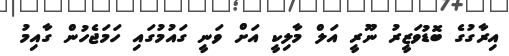
އިރާގުގެ ބޮޑުވަޒީރު ނޫރީ އަލް މާލިކީ އަށް ވަނީ ގައުމުގައި ހަމަޖެހުން ގާއިމު